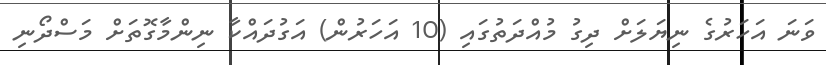
ވަނަ އަހަރުގެ ނިޔަލަށް ދިގު މުއްދަތުގައި (10 އަހަރުން) އަގުދައްކާ ނިންމާގޮތަށް މަސްދޯނި